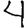
Digit: 4